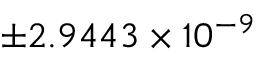
\pm 2 . 9 4 4 3 \times { 1 0 ^ { - 9 } }